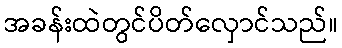
အခန်းထဲတွင်ပိတ်လှောင်သည်။